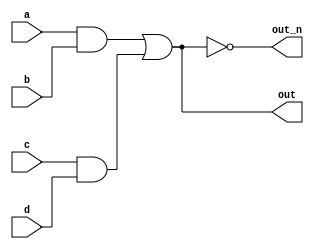
`default_nettype none
module top_module(
    input a,
    input b,
    input c,
    input d,
    output out,
    output out_n   ); 
	
    wire one, two;
    
    assign one = a & b;
    assign two = c & d;
    assign out = one | two;
    assign out_n = ~out;
  
endmodule